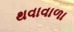
થવાવાળા